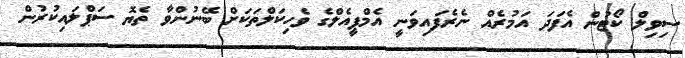
ސިވިލް ކޯޓުން އެފަދަ އަމުރެއް ނެރެފައިވަނީ އެމްޕީއެލްގެ ވެހިކަލްތަކަށް ބޭނުންވާ ތެޔޮ ސަޕްލައިކުރުން